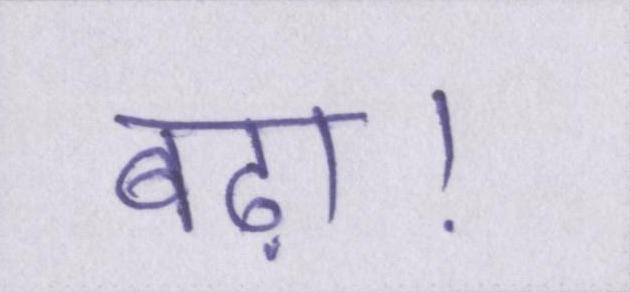
बढ़ा।